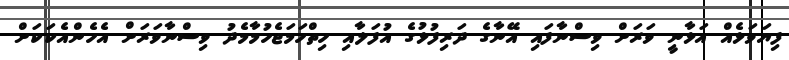
ފިޔަވަޅެއް އަޅާނީ ވަރަށް ވިސްނާފައި އޭނާގެ ދަރިފުޅުގެ އުފަލާއި ހިތްހަމަޖެހުމާމެދު ވިސްނާވަރަށް އެހެންއެކަކަށް